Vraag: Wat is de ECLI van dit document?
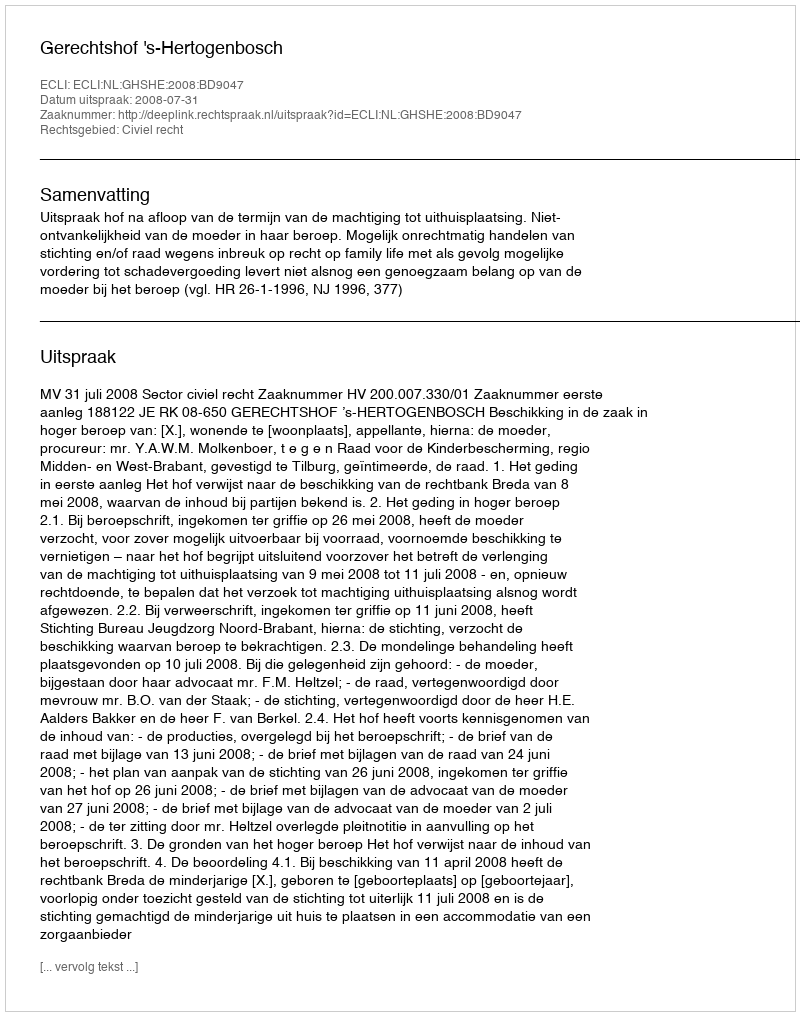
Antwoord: ECLI:NL:GHSHE:2008:BD9047